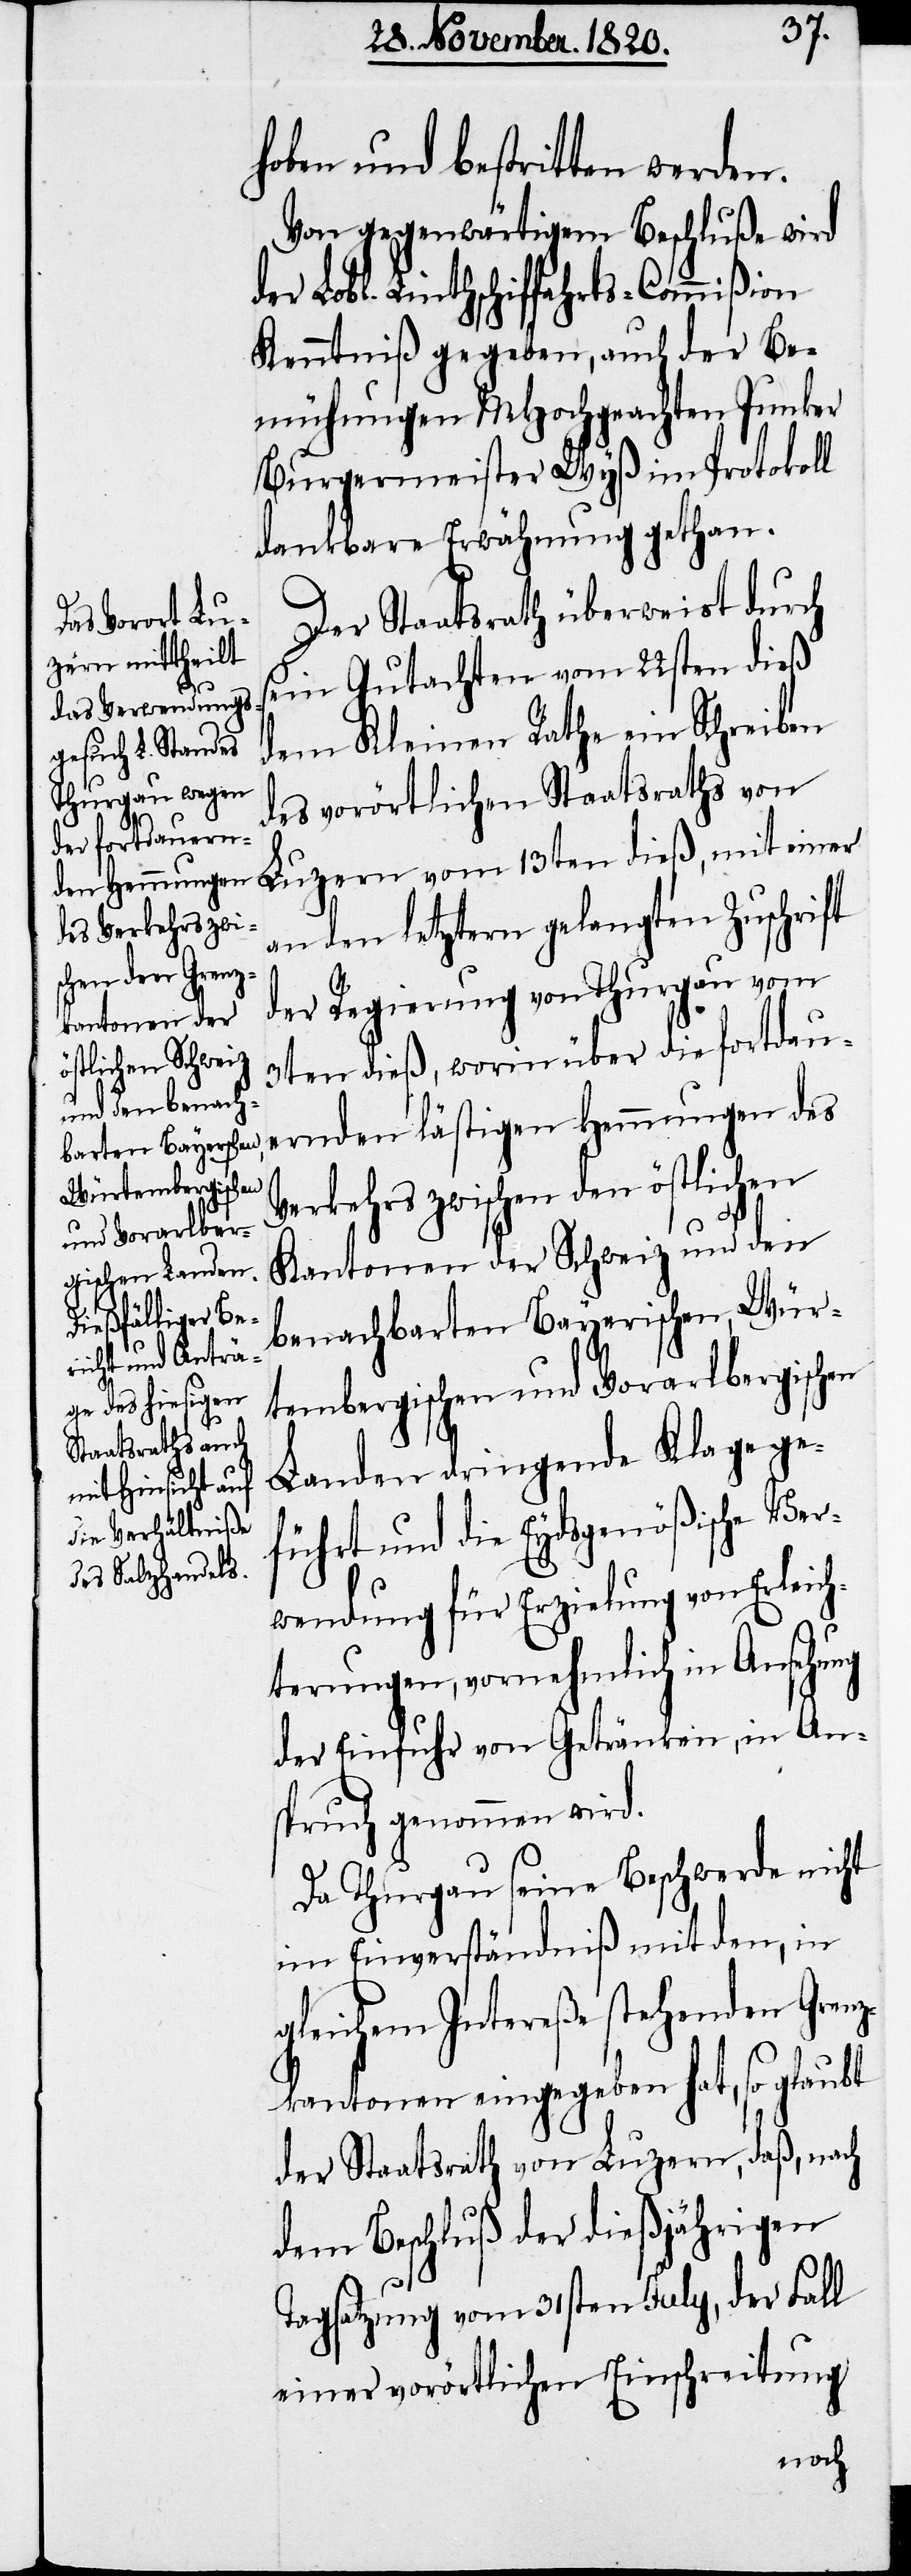
hoben und bestritten werden.
Von gegenwärtigem Beschluße wird
der Lobl. Linthschiffahrts-Commißion
Kenntniß gegeben, auch der Be¬
mühungen MHochgeachten Junker
Burgermeister Wyß im Protokoll
dankbare Erwähnung gethan.
Der Staatsrath überweist durch
sein Gutachten vom 22sten dieß
dem Kleinen Rathe ein Schreiben
des vorörtlichen Staatsraths von
Luzern vom 13ten dieß, mit einer
an den letztern gelangten Zuschrift
der Regierung von Thurgau vom
3ten dieß, worin über die fortdau¬
ernden lästigen Hemmungen des
Verkehrs zwischen den östlichen
Kantonen der Schweiz und den
benachbarten Bayerischen, Wür¬
tembergischen und Vorarlbergischen
Landen dringende Klage ge¬
führt und die Eydsgenößische Ver¬
wendung für Erzielung von Erleich¬
terungen, vornehmlich in Ansehung
der Einfuhr von Getränken, in An¬
spruch genommen wird.
Da Thurgau seine Beschwerde nicht
im Einverständniß mit den, in
gleichem Intereße stehenden Grenz¬
kantonen eingegeben hat, so glaubt
der Staatsrath von Luzern, daß, nach
dem Beschluß der dießjährigen
Tagsatzung vom 31sten July, der Fall
einer vorörtlichen Einschreitung